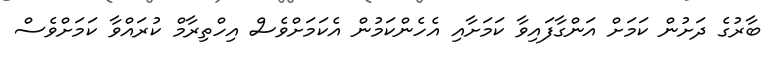
ބާރުގެ ދަށުން ކަމަށް އަންގާފައިވާ ކަމަށާއި އެހެންކަމުން އެކަމަށްވެސް އިހްތިރާމް ކުރައްވާ ކަމަށްވެސް